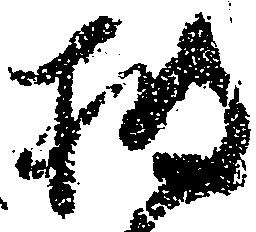
披